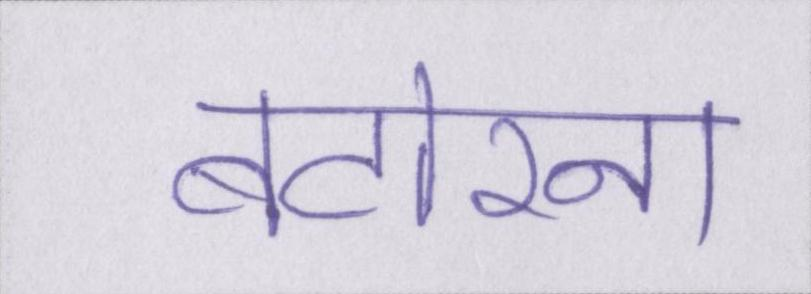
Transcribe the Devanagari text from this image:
बटोरना